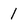
Character: 1